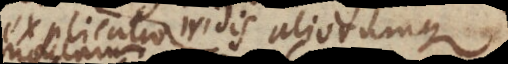
Explicatio iridis aliorumque